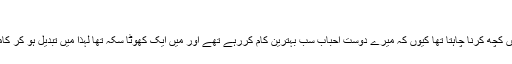
انہوں نے بتایا کہ
میں اپنی زندگی میں کچھ کرنا چاہتا تھا کیوں کہ میرے دوست احباب سب بہترین کام کررہے تھے اور میں ایک کھوٹا سکہ تھا لہٰذا میں تبدیل ہو کر کامیاب ہونا چاہتا تھا۔